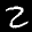
Label: 2